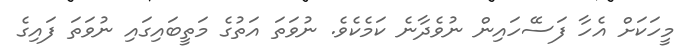
މީހަކަށް އެހާ ފަސޭހައިން ނުވެދާނެ ކަމެކެވެ. ނުވަތަ އަތުގެ މަތީބައިގައި ނުވަތަ ފައިގެ